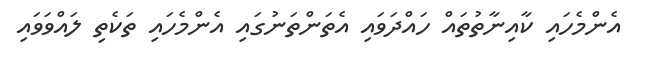
އެންމެހައި ކާއިނާތުތައް ހައްދަވައި އެތަންތަނުގައި އެންމެހައި ތަކެތި ލައްވަވައި